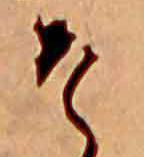
そ